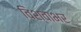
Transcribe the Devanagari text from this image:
विश्वाभर